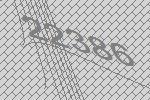
22386